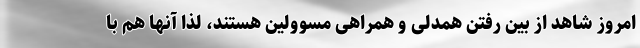
امروز شاهد از بین رفتن همدلی و همراهی مسوولین هستند، لذا آنها هم با